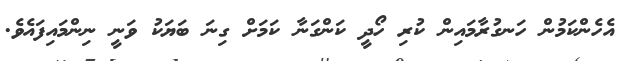
އެހެންކަމުން ހަނގުރާމައިން ކުރި ހޯދީ ކަންގަނާ ކަމަށް ގިނަ ބަޔަކު ވަނީ ނިންމައިފައެވެ.